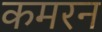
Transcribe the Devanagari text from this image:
कमरन